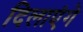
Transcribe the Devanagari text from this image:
दिलाएंगे